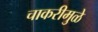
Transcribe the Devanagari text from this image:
चाकरीमुळे